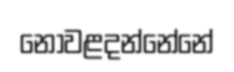
නොවළදන්නේනේ